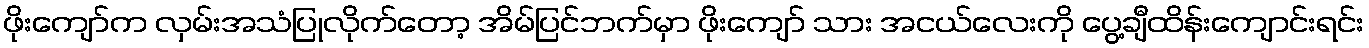
ဖိုးကျော်က လှမ်းအသံပြုလိုက်တော့ အိမ်ပြင်ဘက်မှာ ဖိုးကျော် သား အငယ်လေးကို ပွေ့ချီထိန်းကျောင်းရင်း